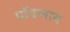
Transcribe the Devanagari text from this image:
पॉवलाव